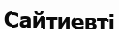
Сайтиевті